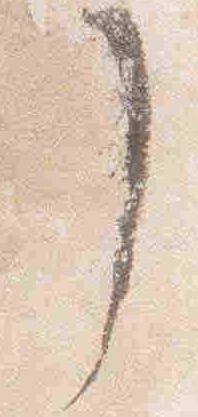
了